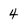
Character: 4